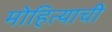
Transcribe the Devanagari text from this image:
मोहित्याची